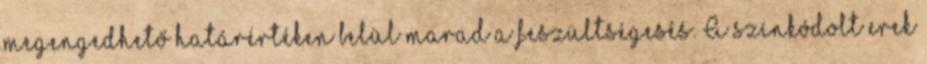
megengedhető határértéken belül marad a feszültségesés. A színkódolt erek